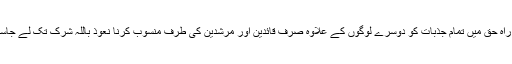
اس لیے راہ حق میں تمام جذبات کو دوسرے لوگوں کے علاوہ صرف قائدین اور مرشدین کی طرف منسوب کرنا نعوذ باللہ شرک تک لے جاسکتا ہے ۔